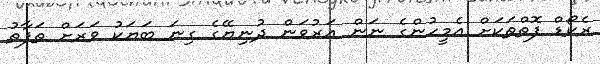
ރެކޯޑް ފޮތްތަކަށް އެމީހުންގެ ނަން އަރުވަން ދުނިޔޭގެ ގިނަ ބަޔަކު ވަރަށް ތަފާތު